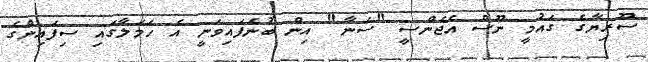
ސޫރިޔާގެ ގައުމީ ނޫސް އެޖެންސީ "ސަނާ" އިން ބުނެފައިވަނީ އެ ހަމަލާގައި ސިފައިންގެ